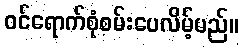
ဝင်ရောက်စုံစမ်းပေလိမ့်မည်။